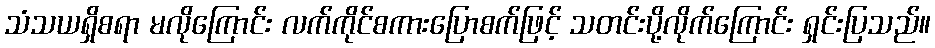
သံသယရှိစရာ မလိုကြောင်း လက်ကိုင်စကားပြောစက်ဖြင့် သတင်းပို့လိုက်ကြောင်း ရှင်းပြသည်။